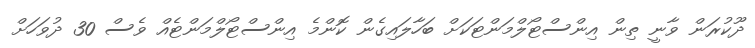
ދޫކުރަން ވާނީ ތިން އިންސްޓޯލްމަންޓަކަށް ބަހާލައިގެން ކޮންމެ އިންސްޓޯލްމަންޓެއް ވެސް 30 ދުވަހަށް